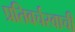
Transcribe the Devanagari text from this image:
प्रतिवर्चस्वाची